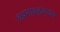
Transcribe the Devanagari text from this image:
कामाबद्दलच्या